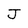
Character: J